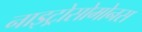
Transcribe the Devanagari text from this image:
नाइट्रोसोमोनस